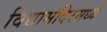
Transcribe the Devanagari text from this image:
विद्यामंदिरमध्ये